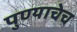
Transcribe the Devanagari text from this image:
पुण्याचेच